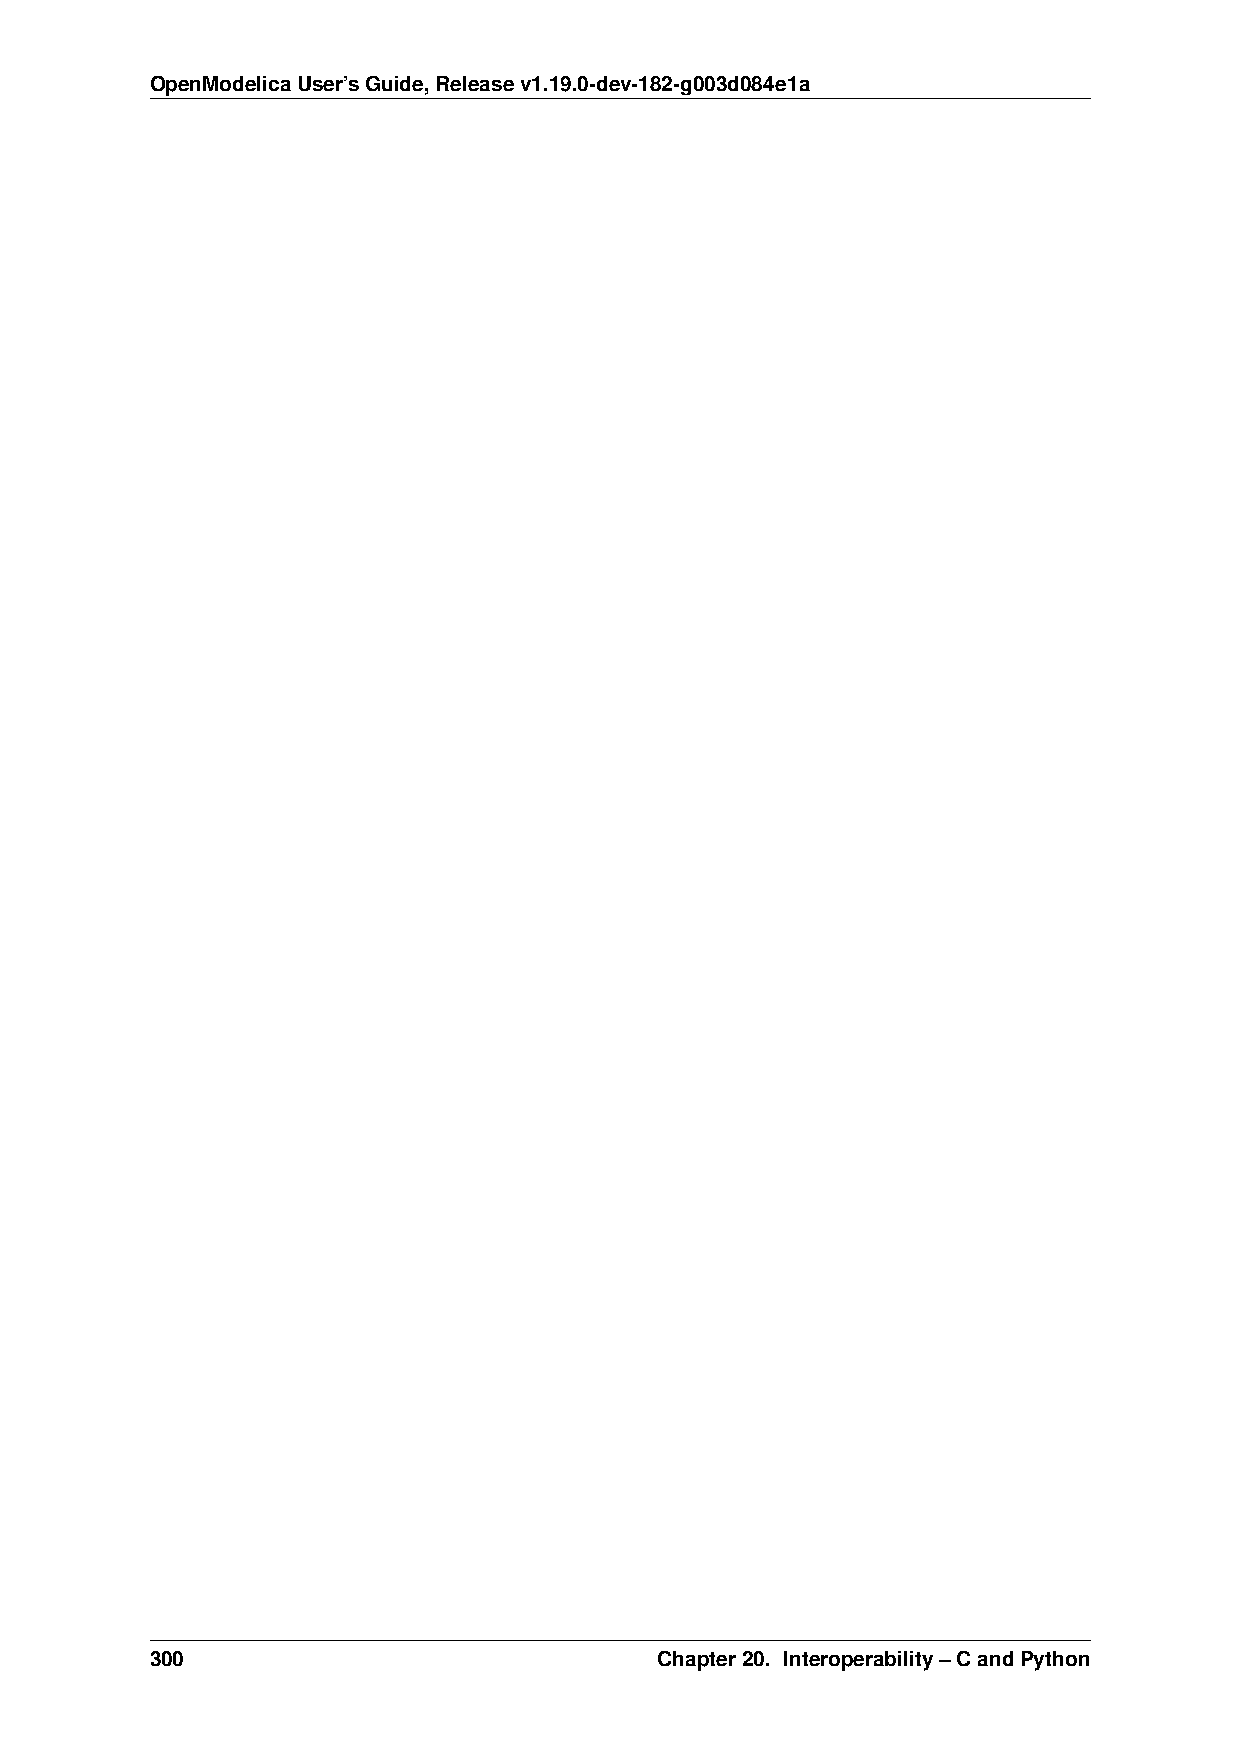
OpenModelicaUser’sGuide,Releasev1.19.0-dev-182-g003d084e1a
 300                               Chapter20. Interoperability–CandPython